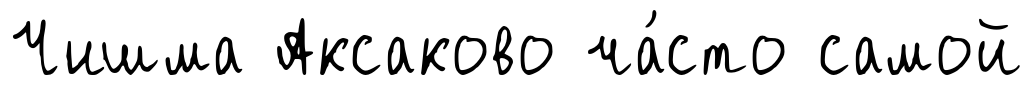
Чишма Аксаково ча́сто самой